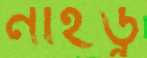
নাইডু